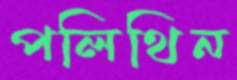
পলিথিন